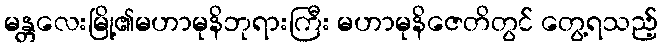
မန္တလေးမြို့၏မဟာမုနိဘုရားကြီး မဟာမုနိဇေတိတွင် တွေ့ရသည့်